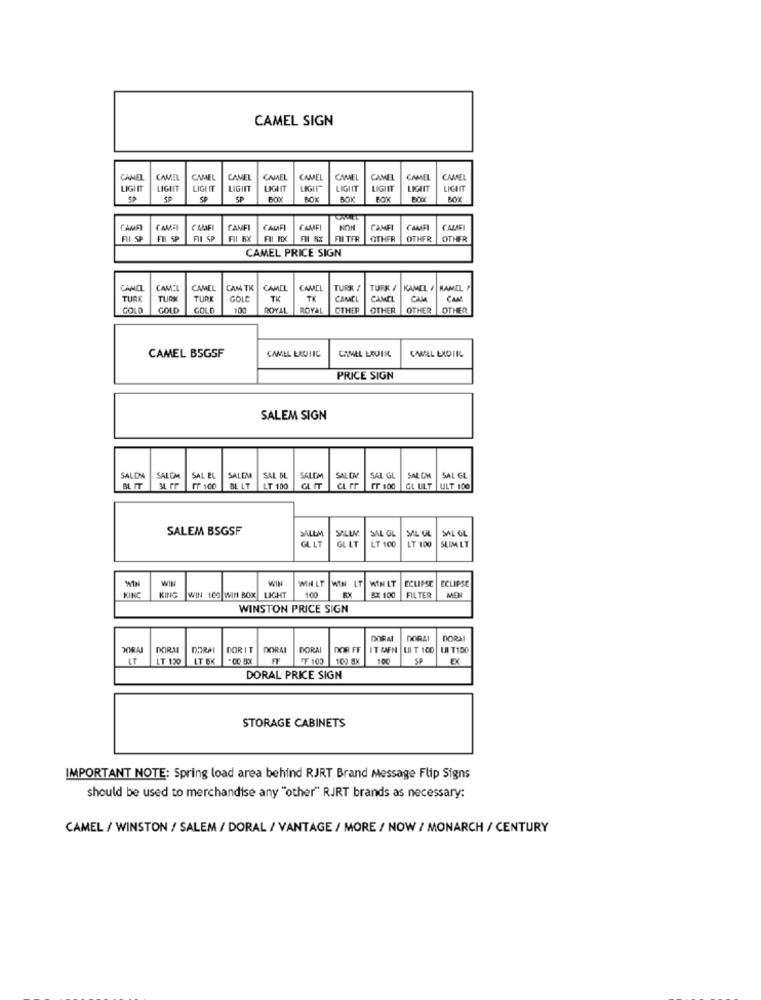
CAMEL SIGN
CAMEL
CAMEL
CAMEL
CAMEL
CAMEL
CAMEL
CAMEL
CAMEL
CAMEL
CAME
LIGIIT
LIGHT
LIGHT
LIGIIT
LIGIIT
LIGIIT
LIGIIT
LIGAIT
SP
SP
BOX
BOK
BOX
CAMFI
CAME
FAME
CALFI
CAMFI
CAMFI
CAMIF
CALAF
FII SP
FII SP
FIN SP
FII BX
FII RX
FII TFR
OTHER
OTHER
OTHER
CAMEL PRICE SIGN
CAMEL
CAMEL
CAMEL
CAM TK
CAMEL
CAMEL
TURK {
TURK #
KAMEL / KAMICL F
TURK
TURN
TURK
GOLD
TK
TK
CAMEL
CAMEL
GOLD
GOLD
GOLD
100
ROYAL
ROYAL
CTHER
OTHER
OTHER
OTHER
CAMEL BSGSF
CAMEL EXOTIC
CAMEL LADIR
CAMEL EXDIR
PRICE SIGN
SALEM SIGN
SALON
SALOM
SAL EL
SALEM
SAL BL
SALEM
SALDA
SAL GL
SAL DM
SAL GL
BL IT
IT 100
BL LT
LT 100
CL rr
Pr 100
GL ULT
ULT 100
SALEM BSGSF
SAL GL
SALEM
GLLT
GL LT
SAL OL
LT 100
SAL GL
LT 100
SLIMLT
WIN
WIN
WIN LT
WIN LT
WIN LT
ECLIPSE
ECLIPSE
KING
KING
WIN 109 WIN BOX LIGHT
BX 100
MEN
FILTER
WINSTON PRICE SIGN
DORAI
DORAI
DORAI
DORAI
DORIT
DORAI
DORAI
DOR FF
IT EEN UIT 100
UNIT100
LT
LT 120
LT BK
FF
FF 103
109 OX
100
SP
EX
DORAL PRICE SIGN
STORAGE CABINETS
IMPORTANT NOTE: Spring load area behind RJRT Brand Message Flip Signs
should be used to merchandise any "other" RJRT brands as necessary:
CAMEL / WINSTON / SALEM / DORAL / VANTAGE / MORE / NOW / MONARCH / CENTURY